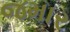
જમાર